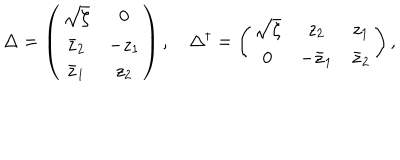
LaTeX: \Delta = \left( \begin{array} { c c } { { \sqrt { \zeta } } } & { { 0 } } \\ { { \bar { z } _ { 2 } } } & { { - z _ { 1 } } } \\ { { \bar { z } _ { 1 } } } & { { z _ { 2 } } } \\ \end{array} \right) , \quad \Delta ^ { \dagger } = \left( \begin{array} { c c c } { { \sqrt { \zeta } } } & { { z _ { 2 } } } & { { z _ { 1 } } } \\ { { 0 } } & { { - \bar { z } _ { 1 } } } & { { \bar { z } _ { 2 } } } \\ \end{array} \right) ,